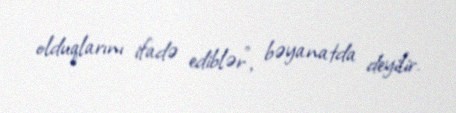
olduqlarını ifadə ediblər”, bəyanatda deyilir.